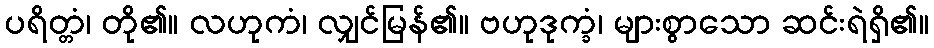
ပရိတ္တံ၊ တို၏။ လဟုကံ၊ လျှင်မြန်၏။ ဗဟုဒုက္ခံ၊ များစွာသော ဆင်းရဲရှိ၏။